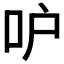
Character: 𠯖